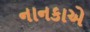
નાનકાએ